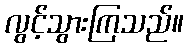
လွင့်သွားကြသည်။